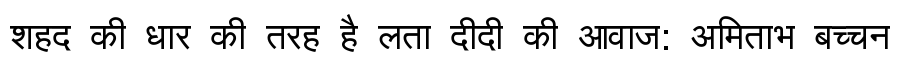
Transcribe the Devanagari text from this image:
शहद की धार की तरह है लता दीदी की आवाज: अमिताभ बच्चन